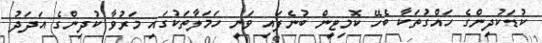
ކުޑަކުދިންގެ ހައްގުތަކާ ބެހޭ ކޮމިޓީން ބުނެފައި ވަނީ ހަމަލާތަކުގައި މަރުވާ ކުދިންގެ އަދަދު